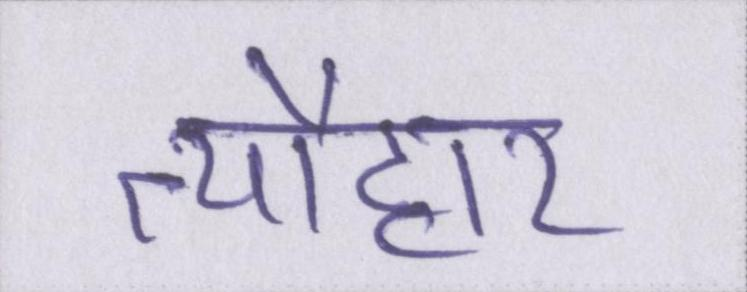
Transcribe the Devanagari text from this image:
त्यौहार